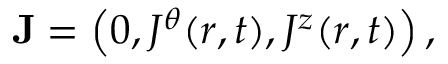
{ \bf { J } } = \left( { 0 , J ^ { \theta } ( r , t ) , J ^ { z } ( r , t ) } \right) ,